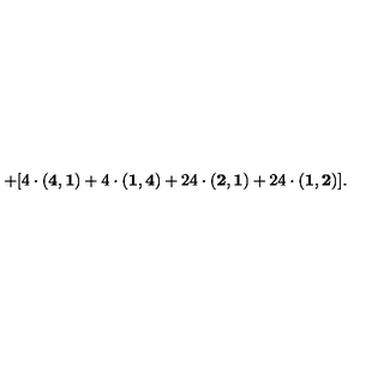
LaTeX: + [ 4 \cdot { \bf ( 4 , 1 ) } + 4 \cdot { \bf ( 1 , 4 ) } + 2 4 \cdot { \bf ( 2 , 1 ) } + 2 4 \cdot { \bf ( 1 , 2 ) } ] .